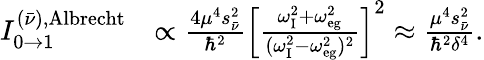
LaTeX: \begin{array}{rl}{I_{0\to 1}^{(\bar{\nu}),\mathrm{Albrecht}}}&{\propto\frac{4\mu^{4}s_{\bar{\nu}}^{2}}{\hbar^{2}}\left[\frac{\omega_{\mathrm{{I}}}^{2}+\omega_{\mathrm{eg}}^{2}}{(\omega_{\mathrm{{I}}}^{2}-\omega_{\mathrm{eg}}^{2})^{2}}\right]^{2}\approx\frac{\mu^{4}s_{\bar{\nu}}^{2}}{\hbar^{2}\delta^{4}}.}\end{array}